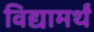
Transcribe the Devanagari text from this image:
विद्यामर्थं